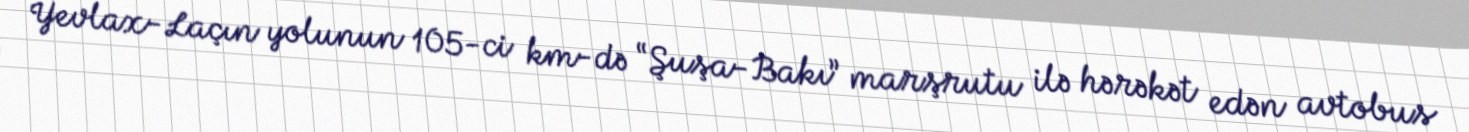
Yevlax-Laçın yolunun 105-ci km-də “Şuşa-Bakı” marşrutu ilə hərəkət edən avtobus